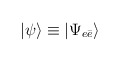
\begin{align*}|\psi\rangle \equiv |\Psi_{e\bar e}\rangle\end{align*}